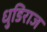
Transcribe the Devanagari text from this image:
धुडिराज